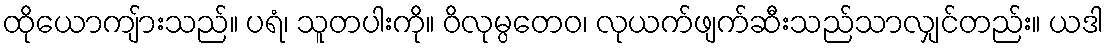
ထိုယောကျ်ားသည်။ ပရံ၊ သူတပါးကို။ ဝိလုမ္ပတေဝ၊ လုယက်ဖျက်ဆီးသည်သာလျှင်တည်း။ ယဒါ